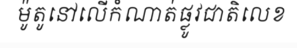
ម៉ូតូនៅលើកំណាត់ផ្លូវជាតិលេខ